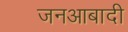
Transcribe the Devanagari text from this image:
जनआबादी